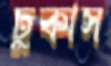
ঢুকাস